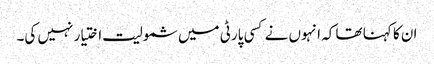
ان کا کہنا تھا کہ انہوں نے کسی پارٹی میں شمولیت اختیار نہیں کی۔